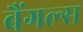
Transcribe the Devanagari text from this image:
बैंगल्स